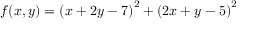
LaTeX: f ( x , y ) = \left( x + 2 y - 7 \right) ^ { 2 } + \left( 2 x + y - 5 \right) ^ { 2 }